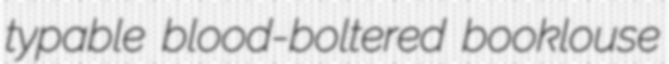
typable blood-boltered booklouse